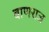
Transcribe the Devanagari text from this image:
बाणराज